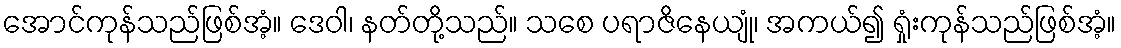
အောင်ကုန်သည်ဖြစ်အံ့။ ဒေဝါ၊ နတ်တို့သည်။ သစေ ပရာဇိနေယျုံ၊ အကယ်၍ ရှုံးကုန်သည်ဖြစ်အံ့။